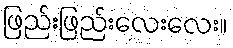
ဖြည်းဖြည်းလေးလေး။